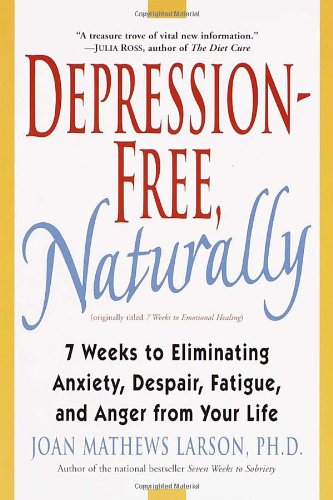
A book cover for Depression-Free, Naturally: 7 Weeks to Eliminating Anxiety, Despair, Fatigue, and Anger from Your Life; Joan Mathews Larson; Health, Fitness & Dieting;